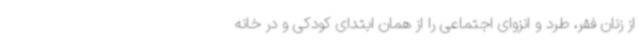
از زنان فقر، طرد و انزوای اجتماعی را از همان ابتدای کودکی و در خانه